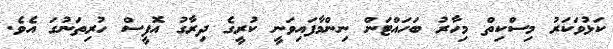
ކަޅުވަކަރު މިސްކިތް މިހާރު ބަހައްޓަން ނިންމާފައިވަނީ ކުރީގެ ދިރާގު އޮފީސް ހުރިތަނުގަ އެވެ.